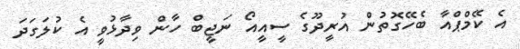
އެ ކޭމްޕްއާ ބެހޭގޮތުން އުރީދޫގެ ސީއީއޯ ނަޖީބް ހާން ވިދާޅުވީ އެ ކުލަގަދަ